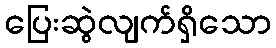
ပြေးဆွဲလျက်ရှိသော